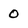
Character: 0